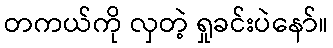
တကယ်ကို လှတဲ့ ရှုခင်းပဲနော်။